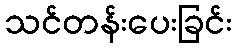
သင်တန်းပေးခြင်း